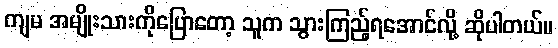
ကျမ အမျိုးသားကိုပြောတော့ သူက သွားကြည့်ရအောင်လို့ ဆိုပါတယ်။